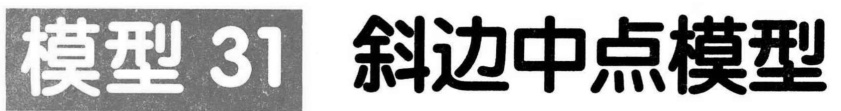
模型 31 斜边中点模型